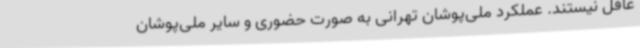
غافل نیستند. عملکرد ملی‌پوشان تهرانی به صورت حضوری و سایر ملی‌پوشان